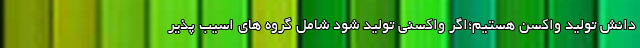
دانش تولید واکسن هستیم؛اگر واکسنی تولید شود شامل گروه های اسیب پذیر